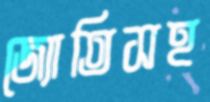
জ্যোতিসহ